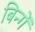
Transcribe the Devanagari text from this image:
बिन्गें